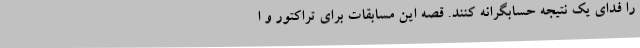
را فدای یک نتیجه حسابگرانه کنند. قصه این مسابقات برای تراکتور و ا